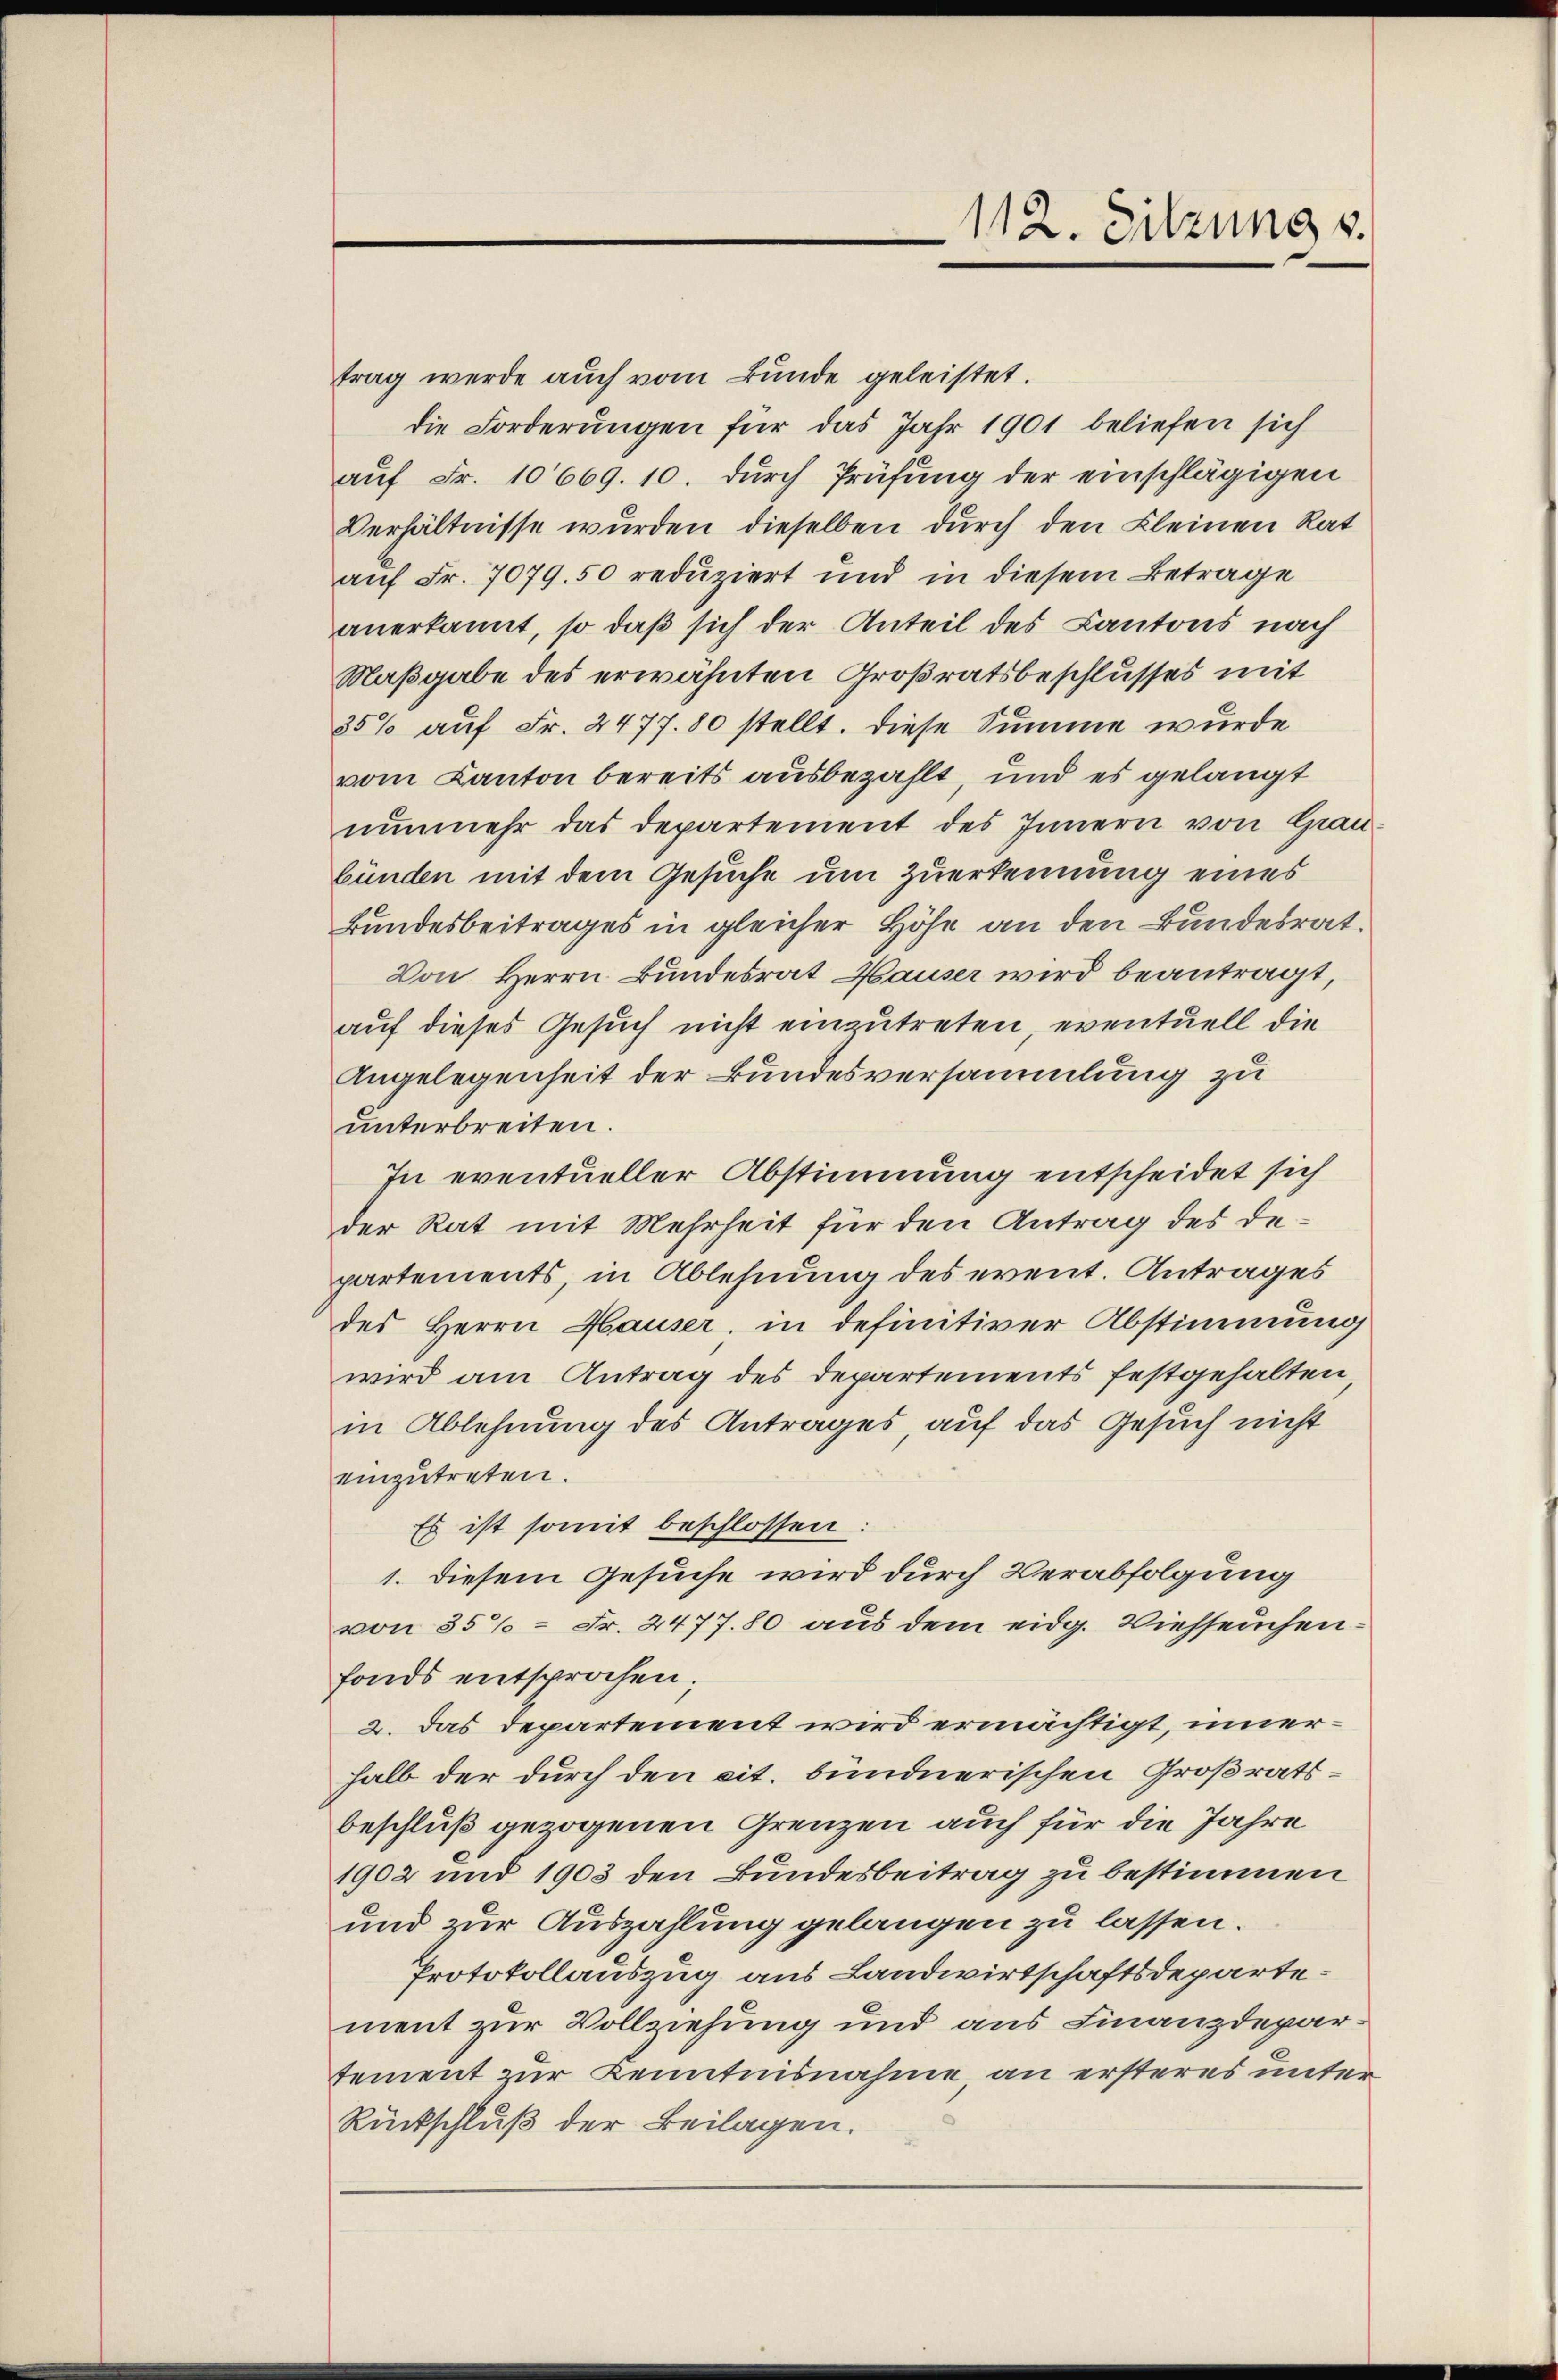
112. Sitzung s.

trag werde auch vom Bunde geleistet.
die Forderungen für das Jahr 1901 beliefen sich
auf Fr. 10669. 10. durch Prüfung der einschlägigen
Verhältnisse wurden dieselben durch den Kleinen Rat
auf Fr. 7079. 50 reduziert und in diesem Betrage
anerkannt, so daß sich der Anteil des Kantons nach
Maßgabe des erwähnten Großratsbeschlusses mit
35% auf Fr. 2477. 80 stellt. Diese Summe wurde
vom Kanton bereits ausbezahlt, und es gelangt
nunmehr das Departement des Innern von Grau
bünden mit dem Gesuche um zuerkennung eines
Bundesbeitrages in gleicher Höhe an den Bundesrat.
Von Herrn Bundesrat Hauser wird beantragt,
auf dieses Gesuch nicht einzutreten, eventuell die
Angelegenheit der Bundesversammlung zu
unterbreiten.
In eventueller Abstimmung entscheidet sich
der Rat mit Mehrheit für den Antrag des Departements, in Ablehnung des event. Antrages
des Herrn Hauser, in definitiver Abstimmung
wird am Antrag des Departements festgehalten
in Ablehnung des Antrages, auf das Gesuch nicht
einzutreten.
Es ist somit beschlossen:
1. diesem Gesuche wird durch Verabfolgung
von 35% = Fr. 2477. 80 aus dem eidg. Viehseuchenfonds entsprochen;
2. Das Departement wird ermächtigt, innerhalb der durch den cit. bündnerischen Großratsbeschluß gezogenen Grenzen auch für die Jahre
1902 und 1903 den Bundesbeitrag zu bestimmen
und zur Auszahlung gelangen zu lassen.
Protokollauszug aus Landwirtschaftsdepartement zur Vollziehung und aus Finanzdepartement zur Kenntnisnahme, an ersteres unter
Rückschluß der Beilagen.